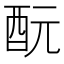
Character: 酛